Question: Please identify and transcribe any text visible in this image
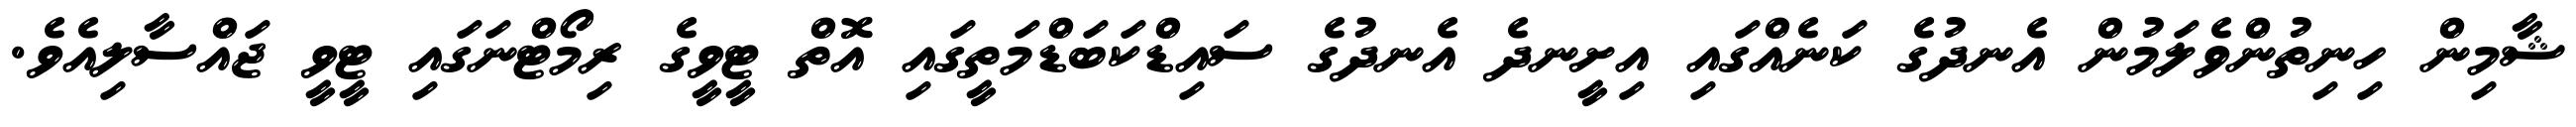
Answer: ޝާމިން ހިނިތުންވެލަމުން އެނދުގެ ކަނެއްގައި އިށީނދެ އެނދުގެ ސައިޑްކަބަޑްމަތީގައި އޮތް ޓީވީގެ ރިމޯޓްނަގައި ޓީވީ ޖައްސާލިއެވެ.